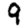
Digit: 9